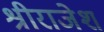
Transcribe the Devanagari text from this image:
श्रीराजेश